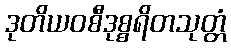
ဒုတိယဝစီဒုစ္စရိတသုတ္တံ